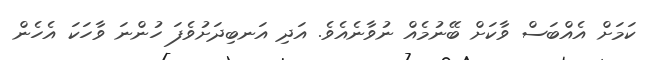
ކަމަށް އެއްބަސް ވާކަށް ބޭނުމެއް ނުވާނެއެވެ. އަދި އަނބިދަށުވެފަ ހުންނަ ވާހަކަ އެހެން